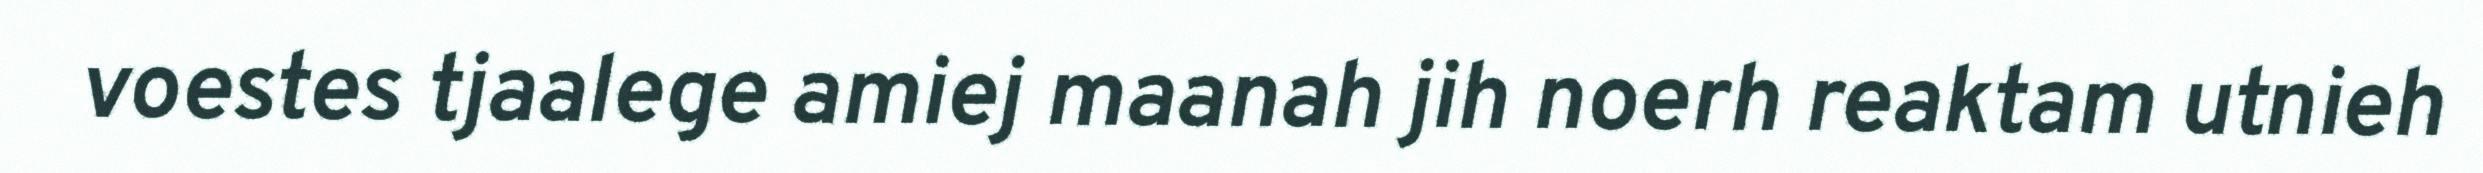
voestes tjaalege amiej maanah jih noerh reaktam utnieh